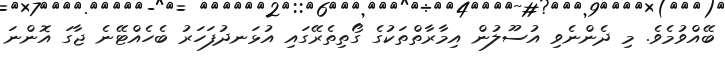
ބޭއްވުމެވެ. މި ދެންނެވި އުސޫލުން އިމާރާތްތަކުގެ ގޯތިތެރޭގައި އުޅަނދުފަހަރު ބެހެއްޓޭނެ ޖާގަ އޮންނަ